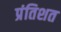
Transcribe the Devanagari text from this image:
प्रंतिशत